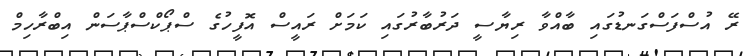
ރޭ އުސްފަސްގަނޑުގައި ބާއްވާ ރިޔާސީ ދަރުބާރުގައި ކަމަށް ރައީސް އޮފީހުގެ ސްޕޯކްސްޕާސަން އިބްރާހިމް